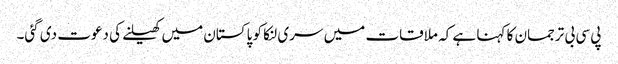
پی سی بی ترجمان کا کہنا ہے کہ ملاقات میں سری لنکا کو پاکستان میں کھیلنے کی دعوت دی گئی۔